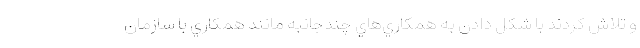
و تلاش كردند با شكل دادن به همكاري‌هاي چندجانبه مانند همكاري با سازمان